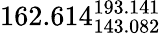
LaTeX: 162.614_{143.082}^{193.141}